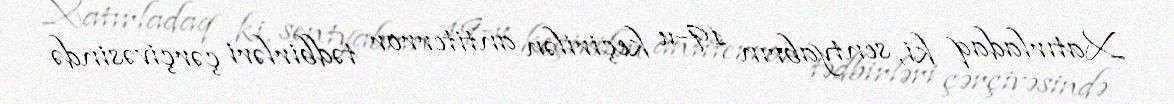
Xatırladaq ki, sentyabrın 19-u keçirilən antiterror tədbirləri çərçivəsində